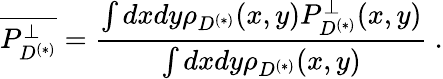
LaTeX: \overline{{{P_{D^{(*)}}^{\perp}}}}=\frac{\int dxdy\rho_{D^{(*)}}(x,y)P_{D^{(*)}}^{\perp}(x,y)}{\int dxdy\rho_{D^{(*)}}(x,y)}~.